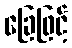
ခြေဖြင့်